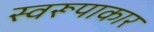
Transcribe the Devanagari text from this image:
स्वरूपाकार